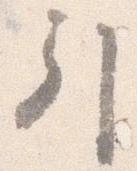
引